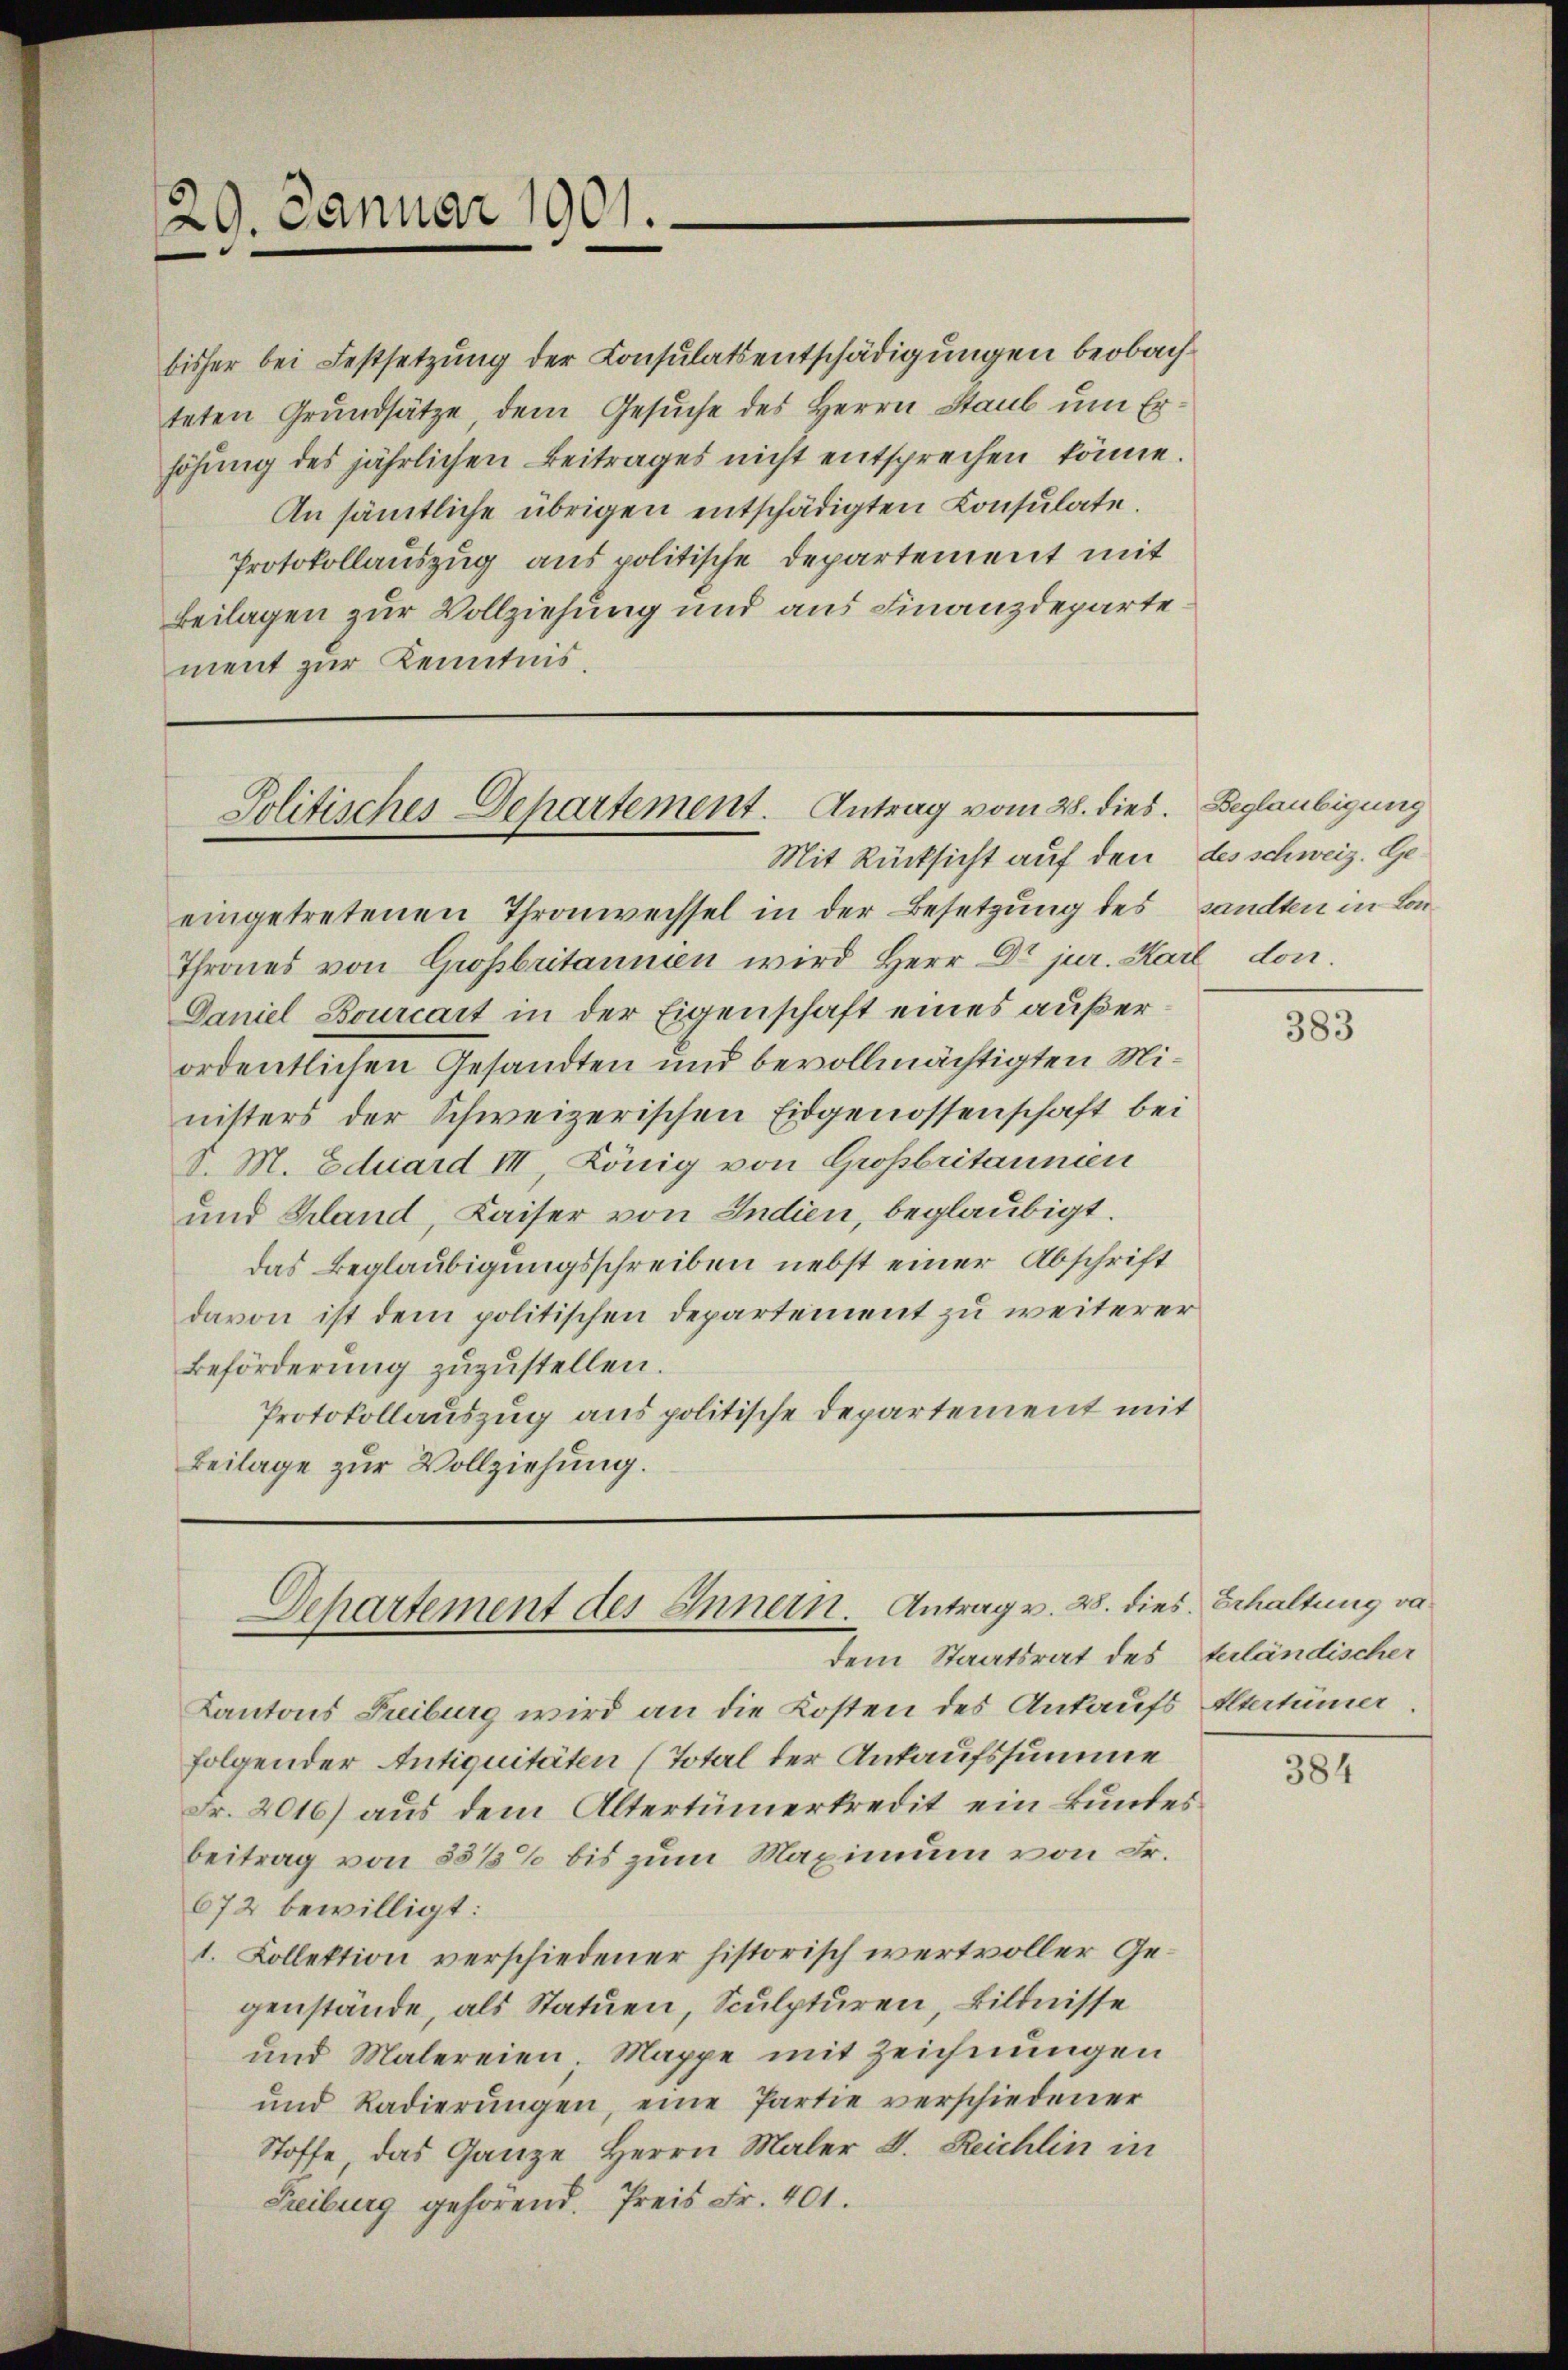
29. Januar 1901.

bisher bei Festsetzung der Consulatsentschädigungen beobachteten Grundsätze dem Gesuche des Herrn Staub um Erhöhung des jährlichen Beitrages nicht entsprechen könne.
An sämtliche übrigen entschädigten Consulate.
Protokollauszug aus politische Departement mit
Beilagen zur Vollziehung und aus Finanzdepartement zur Kenntnis.

Politisches Departement. Antrag vom 28. dies. Beglaubigung

Mit Rücksicht auf den des schweiz. Geeingetretenen Thronweissel in der Besetzung des sandten in Lo¬
Thrones von Grossbritannien wird Herr Dr jur. Karl don.
Daniel Bourcart in der Eigenschaft eines außerordentlichen Gesandten und bevollmächtigten Ministers der Schweizerischen Eidgenossenschaft bei
v. M. Eduard III, König von Großbritannien
und Gland, Kaiser von Indien, beglaubigt.
das Beglaubigungsschreiben nebst einer Abschrift
davon ist dem politischen Departement zu weiterer
Beförderung zuzustellen.
Protokollauszug aus politische Departement mit
Beilage zur Vollziehung.

Kantons Freiburg wird an die Kosten des Ankaufs Altertümer
folgender Antiquitäten (Total der Ankaufssumme
Fr. 2016) aus dem Altertümerkredit ein kundesbeitrag von 55%% bis zum Maximum von Fr.
672 bewilligt:
1. Collektion verschiedener historisch wertvoller Gegenstände, als Statuen, Sculpturen, Bildnisse
und Malereien, Mappe mit Zeichnungen
und Radierŭngen, eine Partie verschiedener
Stoffe das Ganze Herrn Maler D. Reichlin in
Treiburg gehörend. Preis Fr. 401.

Departement des Innern. Antrag v. 28. dies Echaltung vo
dem Staatsrat des Zuländischer

383

384